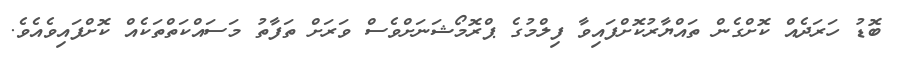
ބޮޑު ހަރަދެއް ކޮށްގެން ތައްޔާރުކޮށްފައިވާ ފިލްމުގެ ޕްރޮމޯޝަނަށްވެސް ވަރަށް ތަފާތު މަސައްކަތްތަކެއް ކޮށްފައިވެއެވެ.